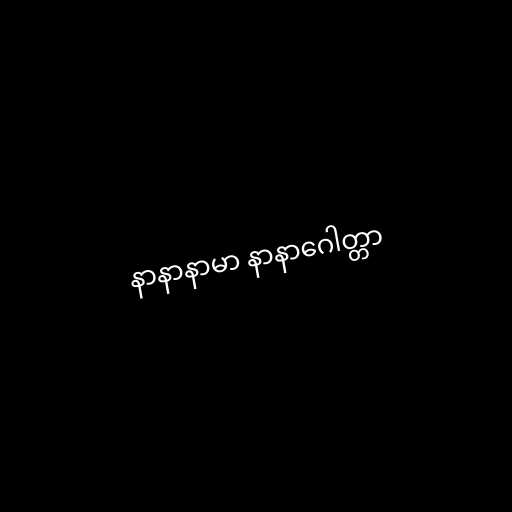
နာနာနာမာ နာနာဂေါတ္တာ